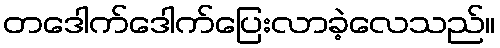
တဒေါက်ဒေါက်ပြေးလာခဲ့လေသည်။